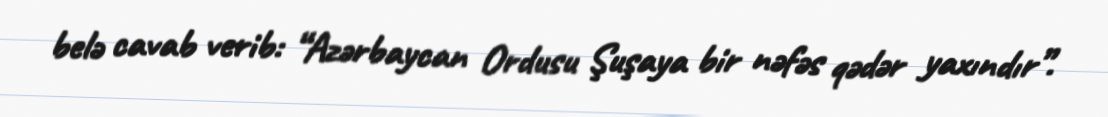
belə cavab verib: “Azərbaycan Ordusu Şuşaya bir nəfəs qədər yaxındır”.